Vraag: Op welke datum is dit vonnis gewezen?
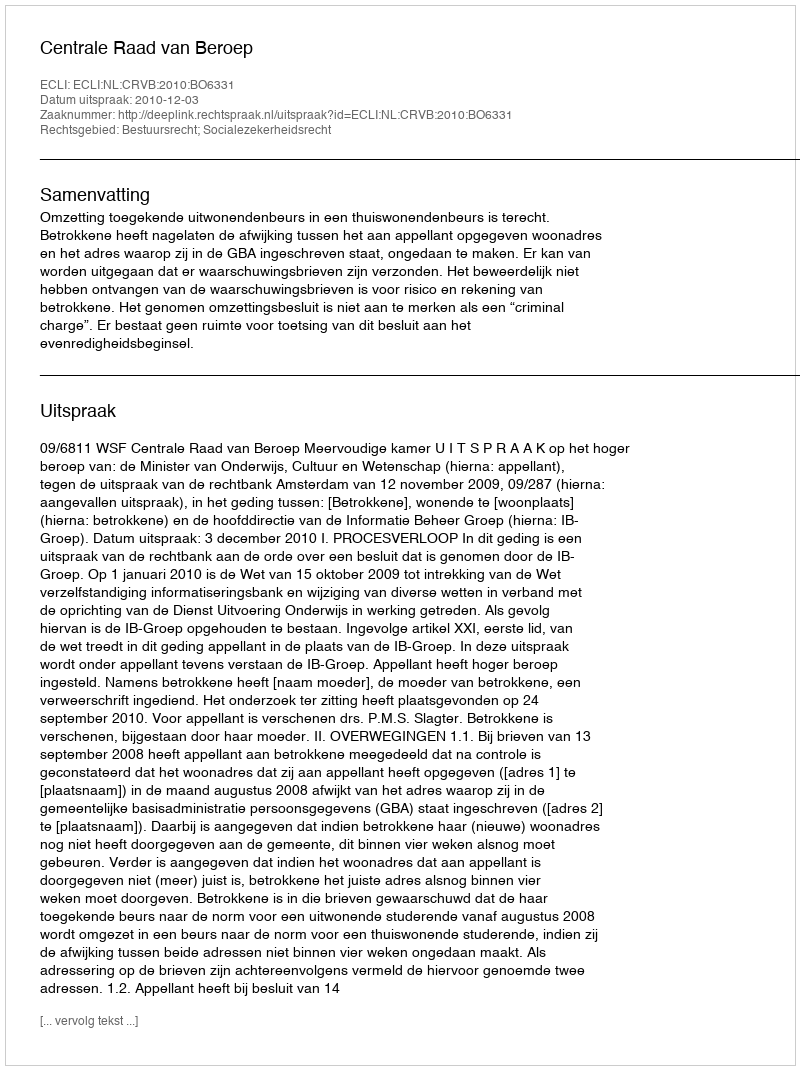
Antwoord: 2010-12-03